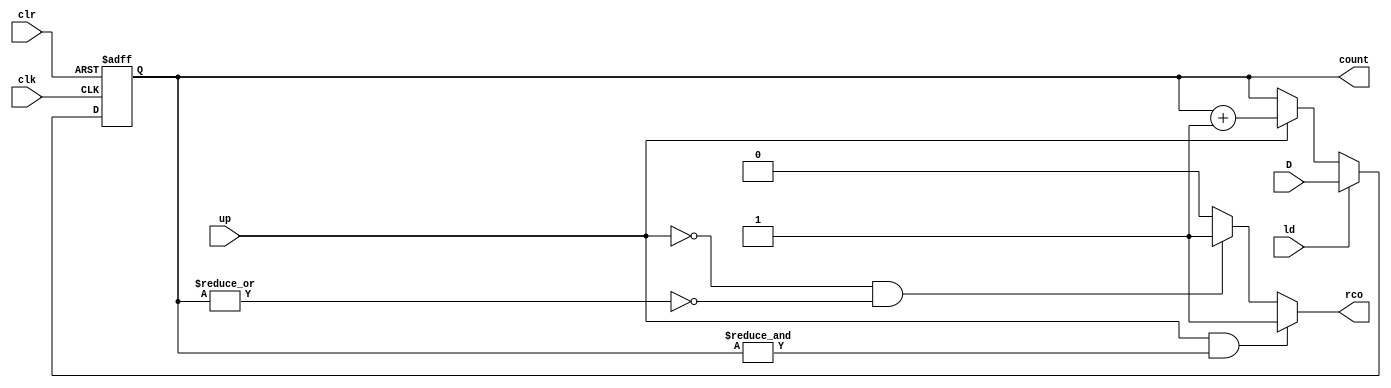
module cntr_up_clr_nb(clk, clr, up, ld, D, count, rco); 
    input  clk, clr, up, ld; 
    input  [n-1:0] D; 
    output   reg [n-1:0] count; 
    output   reg rco; 

    //- default data-width 
    parameter n = 8; 
    
    always @(posedge clr, posedge clk)
    begin 
        if (clr == 1)       // asynch reset
           count <= 0;
        else if (ld == 1)   // load new value
           count <= D; 
        else if (up == 1)   // count up (increment)
           count <= count + 1;  
    end 
       
    
    //- handles the RCO, which is direction dependent
    always @(count, up)
    begin 
       if ( up == 1 && &count == 1'b1)
          rco = 1'b1;
       else if (up == 0 && |count == 1'b0)
          rco = 1'b1;
       else 
          rco = 1'b0; 
    end
    
endmodule